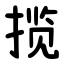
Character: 揽